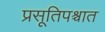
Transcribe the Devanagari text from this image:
प्रसूतिपश्चात